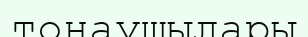
тонаушылары